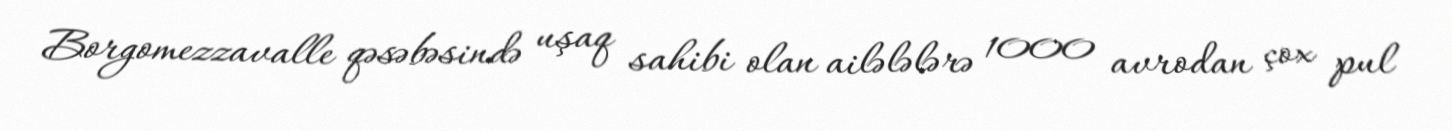
Borgomezzavalle qəsəbəsində uşaq sahibi olan ailələlərə 1000 avrodan çox pul